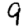
Digit: 9